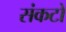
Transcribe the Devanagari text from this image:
संकटो